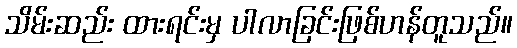
သိမ်းဆည်း ထားရင်းမှ ပါလာခြင်းဖြစ်ဟန်တူသည်။